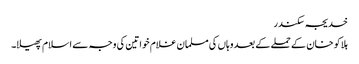
خدیجہ سکندر
ہلاکو خان کے حملے کے بعد وہاں کی مسلمان غلام خواتین کی وجہ سے اسلام پھیلا۔